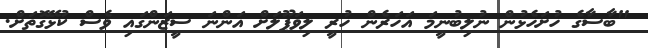
"ބާސާގެ ހުށަހެޅުން ނުލިބުނީމަ އަހަރެން ހުރީ ލިވަޕޫލަށް އަންނަ ސީޒަންގައި ވެސް ކުޅޭގޮތަށް.